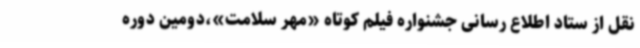
نقل از ستاد اطلاع رسانی جشنواره فیلم کوتاه «مهر سلامت»،دومین دوره